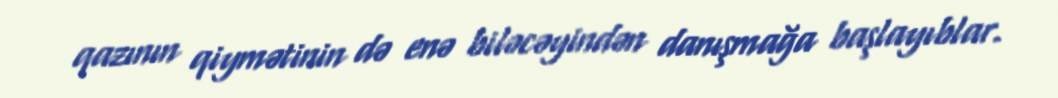
qazının qiymətinin də enə biləcəyindən danışmağa başlayıblar.